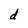
Character: d